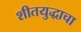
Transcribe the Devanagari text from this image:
शीतयुद्धाचा